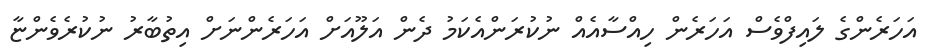
އަހަރެންގެ ލައިފްވެސް އަހަރެން ހިއްސާއެއް ނުކުރަންއެކަމު ދެން އަލޫއަށް އަހަރެންނަށް އިތުބާރު ނުކުރެވެންޏާ